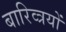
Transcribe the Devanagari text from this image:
बारिव्त्रयों